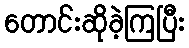
တောင်းဆိုခဲ့ကြပြီး